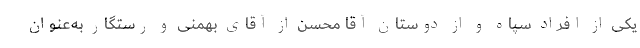
یکی از افراد سپاه و از دوستان آقا محسن از آقای بهمنی و رستگار به‌عنوان